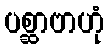
ပစ္ဆာဗာဟုံ